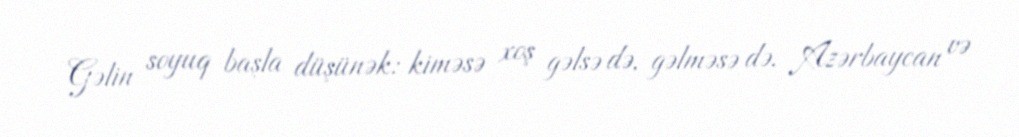
Gəlin soyuq başla düşünək: kiməsə xoş gəlsə də, gəlməsə də, Azərbaycan və